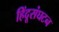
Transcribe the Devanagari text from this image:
हिंदूसंघटन